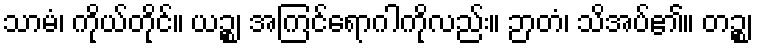
သာမံ၊ ကိုယ်တိုင်။ ယဉ္စ၊ အကြင်ရောဂါကိုလည်း။ ဉာတံ၊ သိအပ်၏။ တဉ္စ၊